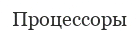
Процессоры